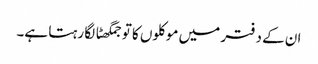
ان کے دفتر میں موکلوں کا تو جمگھٹا لگا رہتا ہے۔